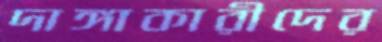
দাঙ্গাকারীদের